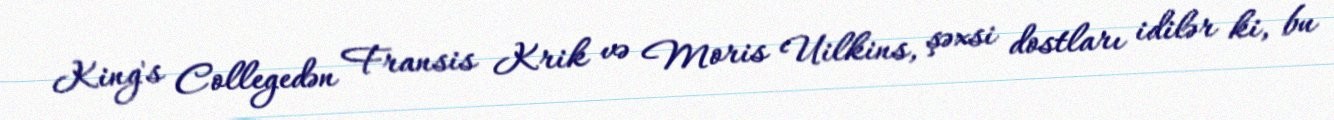
King's Collegedən Fransis Krik və Moris Uilkins, şəxsi dostları idilər ki, bu